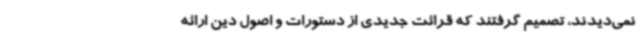
نمی‌دیدند، تصمیم گرفتند که قرائت جدیدی از دستورات و اصول دین ارائه